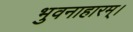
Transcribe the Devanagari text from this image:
भुवनाहारम्‌।